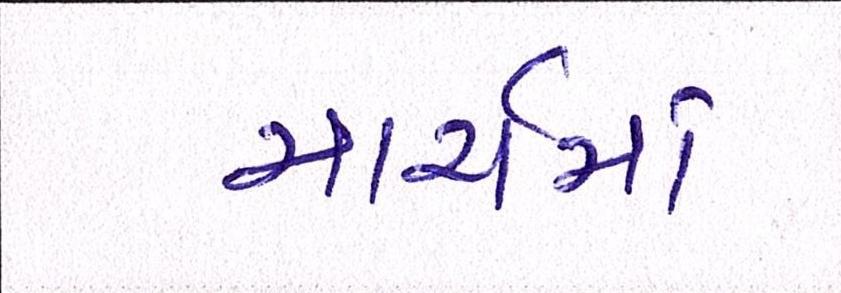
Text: માર્ચમાં